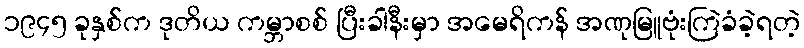
၁၉၄၅ ခုနှစ်က ဒုတိယ ကမ္ဘာစစ် ပြီးခါနီးမှာ အမေရိကန် အဏုမြူဗုံးကြဲခံခဲ့ရတဲ့